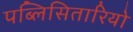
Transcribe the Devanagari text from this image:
पब्लिसितारियो